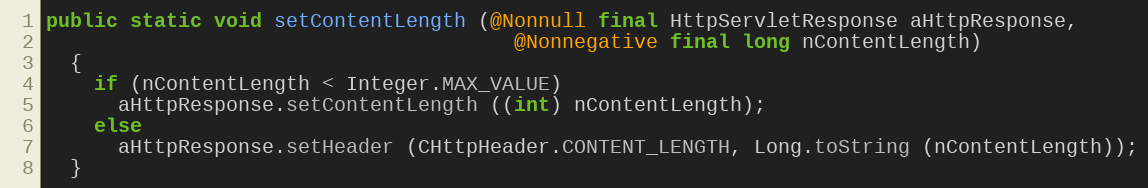
Language: Java
public static void setContentLength (@Nonnull final HttpServletResponse aHttpResponse,
                                       @Nonnegative final long nContentLength)
  {
    if (nContentLength < Integer.MAX_VALUE)
      aHttpResponse.setContentLength ((int) nContentLength);
    else
      aHttpResponse.setHeader (CHttpHeader.CONTENT_LENGTH, Long.toString (nContentLength));
  }